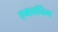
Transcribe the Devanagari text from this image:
एमलर्निंग